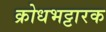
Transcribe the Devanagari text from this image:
क्रोधभट्टारक